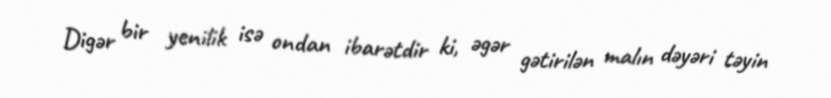
Digər bir yenilik isə ondan ibarətdir ki, əgər gətirilən malın dəyəri təyin